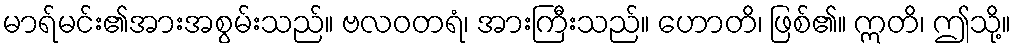
မာရ်မင်း၏အားအစွမ်းသည်။ ဗလဝတရံ၊ အားကြီးသည်။ ဟောတိ၊ ဖြစ်၏။ ဣတိ၊ ဤသို့။